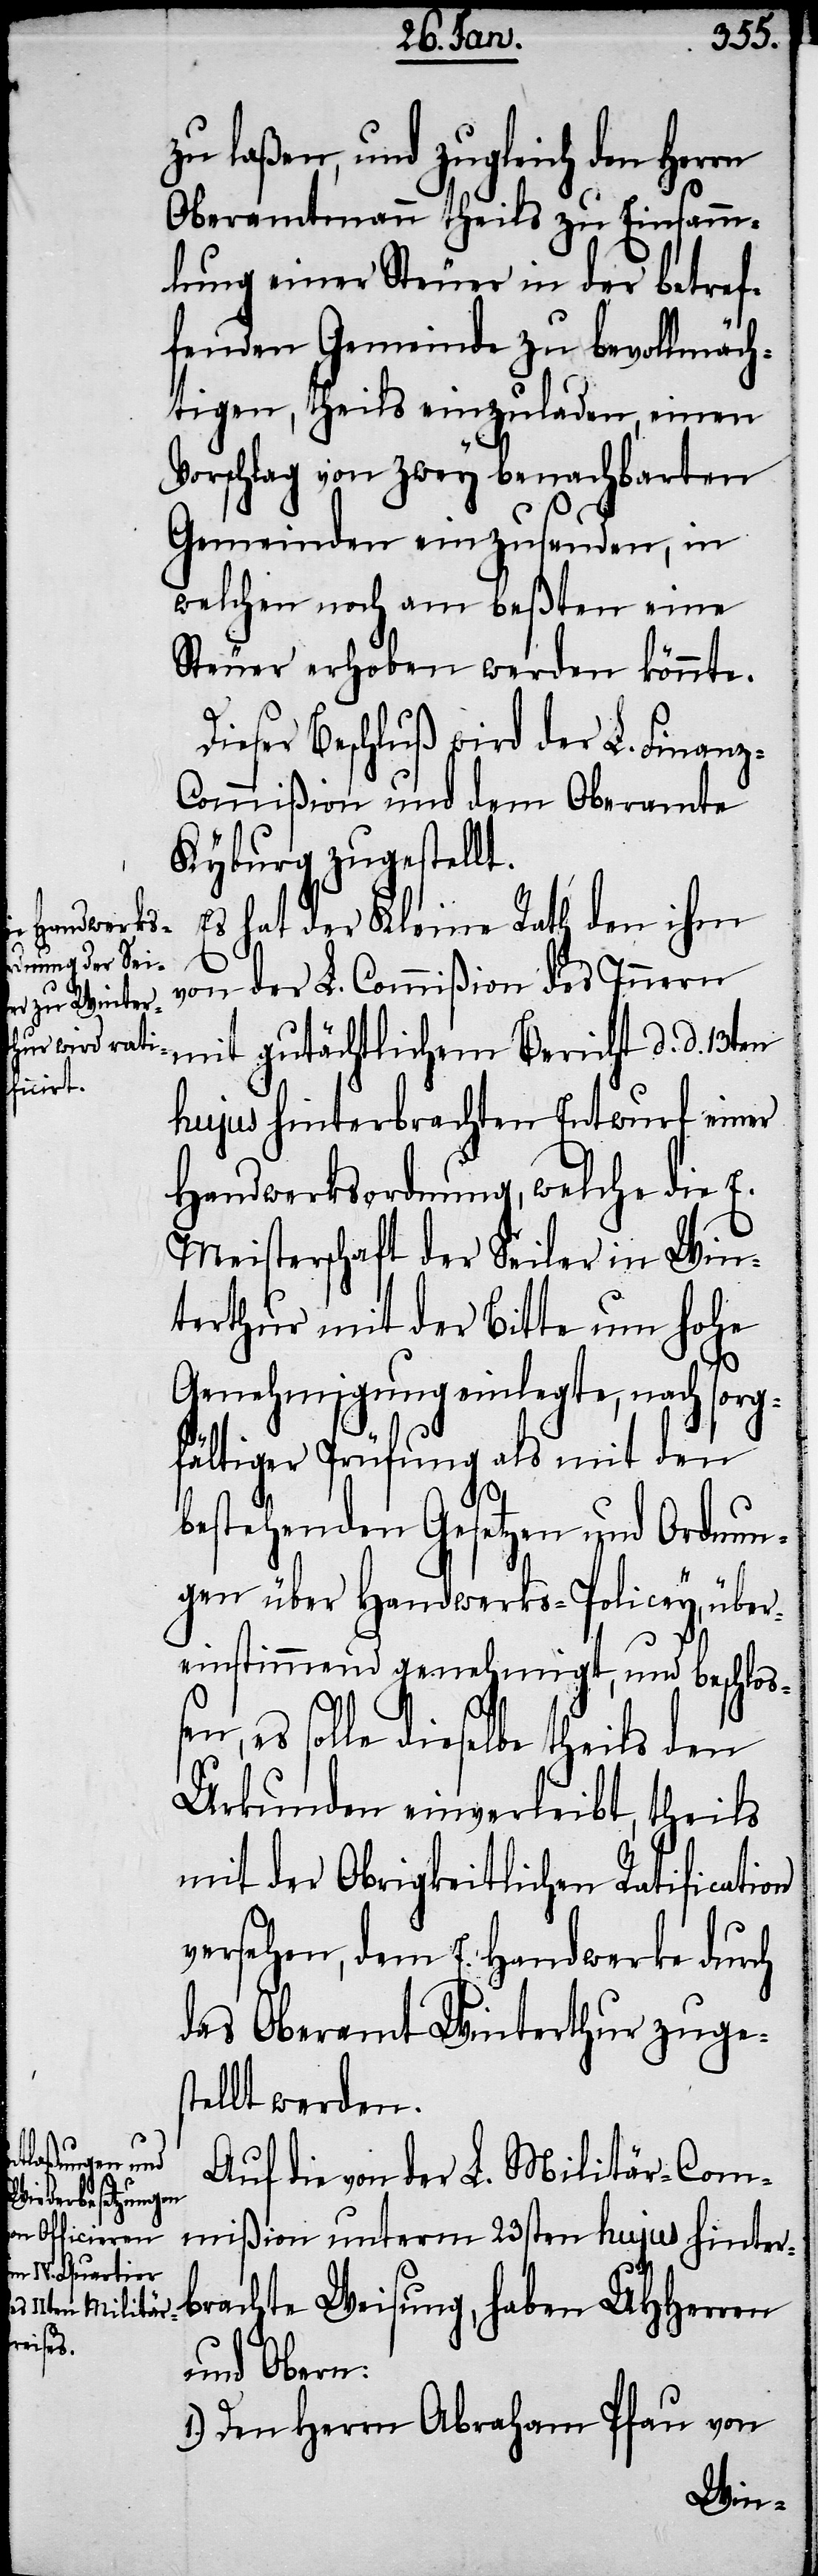
on
zu laßen, und zugleich den Herrn
Oberamtmann theils zu Einsamm¬
lung einer Steuer in der betref¬
fenden Gemeinde zu bevollmäch¬
tigen, theils einzuladen, einen
Vorschlag von zwey benachbarten
Gemeinden einzusenden, in
welchen noch am beßten eine
Steuer erhoben werden könnte.
Dieser Beschluß wird der L. Finanz-C¬
ommißion und dem Oberamte
Kyburg zugestellt.
Es hat der Kleine Rath den ihm
von der L. Commißion des Innern
mit gutächtlichem Bericht d. d. 13ten
hujus hinterbrachten Entwurf einer
Handwerksordnung, welche die E.
Meisterschaft der Seiler in Win¬
terthur mit der Bitte um hohe
Genehmigung einlegte, nach sorg¬
fältiger Prüfung als mit den
bestehenden Gesetzen und Ordnun¬
gen über Handwerks-Policey, über¬
einstimmend genehmigt, und beschloße¬
n, es solle dieselbe theils den
Urkunden einverleibt, theils
mit der Obrigkeitlichen Ratificati¬
versehen, dem E. Handwerke durch
das Oberamt Winterthur zugest¬
ellt werden.
Auf die von der L. Militär-Com¬
mißion unterm 23sten hujus hinter¬
brachte Weisung, haben UHHerren
und Obern:
1.) Den Herrn Abraham Pfau von